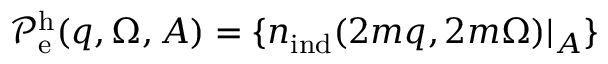
\mathcal { P } _ { \mathrm { e } } ^ { \mathrm { h } } ( \boldsymbol { q } , \Omega , A ) = \{ { n } _ { \mathrm { i n d } } ( 2 m \boldsymbol { q } , 2 m \Omega ) | _ { A } \}